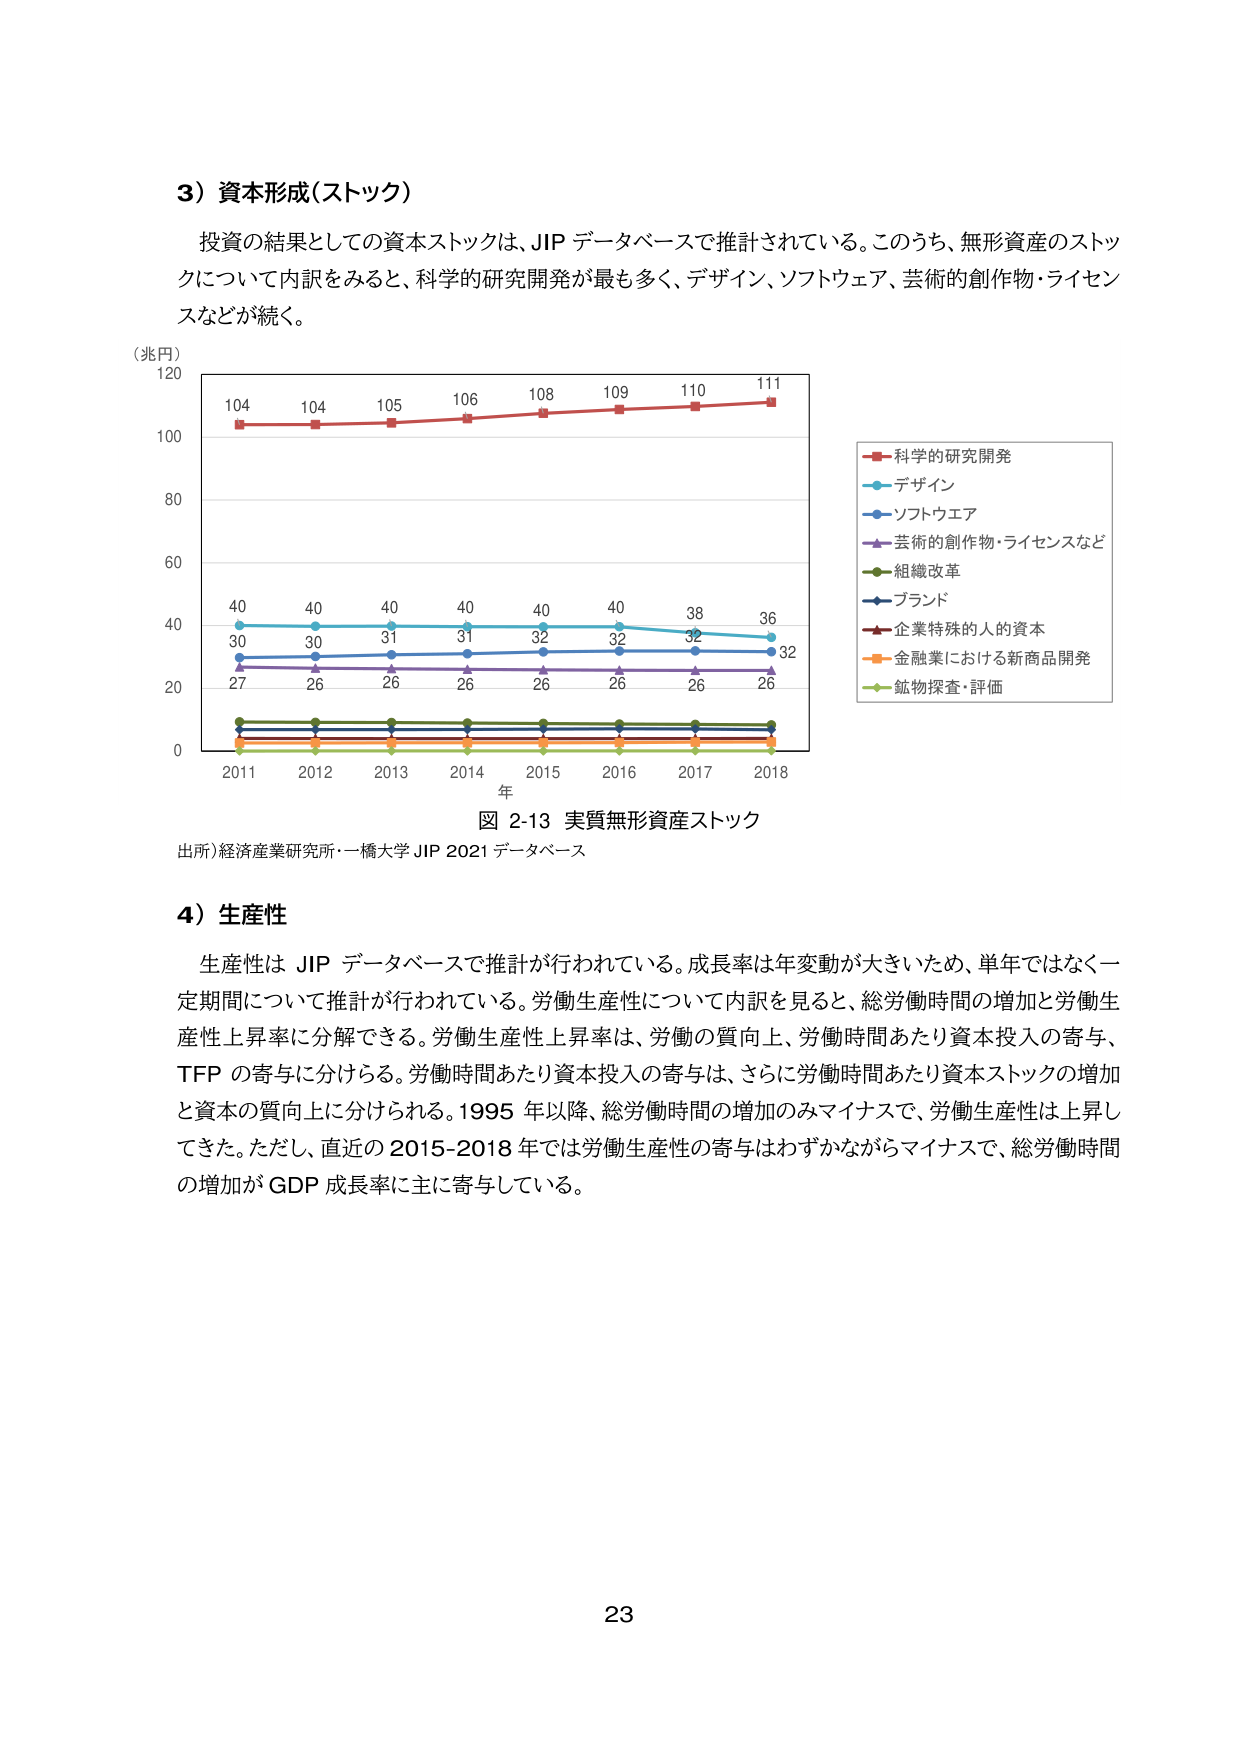
3）資本形成（ストック）

投資の結果としての資本ストックは、JIP データベースで推計されている。このうち、無形資産のストックについて内訳をみると、科学的研究開発が最も多く、デザイン、ソフトウェア、芸術的創作物・ライセンスなどが続く。

（兆円）
120
104 104 105 106 108 109 110 111
100
80
60
40
40 40 40 40 40 40 38 36
30 30 31 31 32 32 32 32
27 26 26 26 26 26 26 26
0
2011 2012 2013 2014 2015 2016 2017 2018
年

■科学的研究開発
■デザイン
■ソフトウェア
■芸術的創作物・ライセンスなど
■組織改革
■ブランド
■企業特殊的人的資本
■金融業における新商品開発
■鉱物探査・評価

図 2-13 実質無形資産ストック

出所）経済産業研究所・一橋大学 JIP 2021 データベース

4）生産性

生産性は JIP データベースで推計が行われている。成長率は年変動が大きいため、単年ではなく一定期間について推計が行われている。労働生産性について内訳を見ると、総労働時間の増加と労働生産性上昇率に分解できる。労働生産性上昇率は、労働の質向上、労働時間あたり資本投入の寄与、TFP の寄与に分けられる。労働時間あたり資本投入の寄与は、さらに労働時間あたり資本ストックの増加と資本の質向上に分けられる。1995 年以降、総労働時間の増加のみマイナスで、労働生産性は上昇してきた。ただし、直近の 2015-2018 年では労働生産性の寄与はわずかながらマイナスで、総労働時間の増加が GDP 成長率に主に寄与している。

23